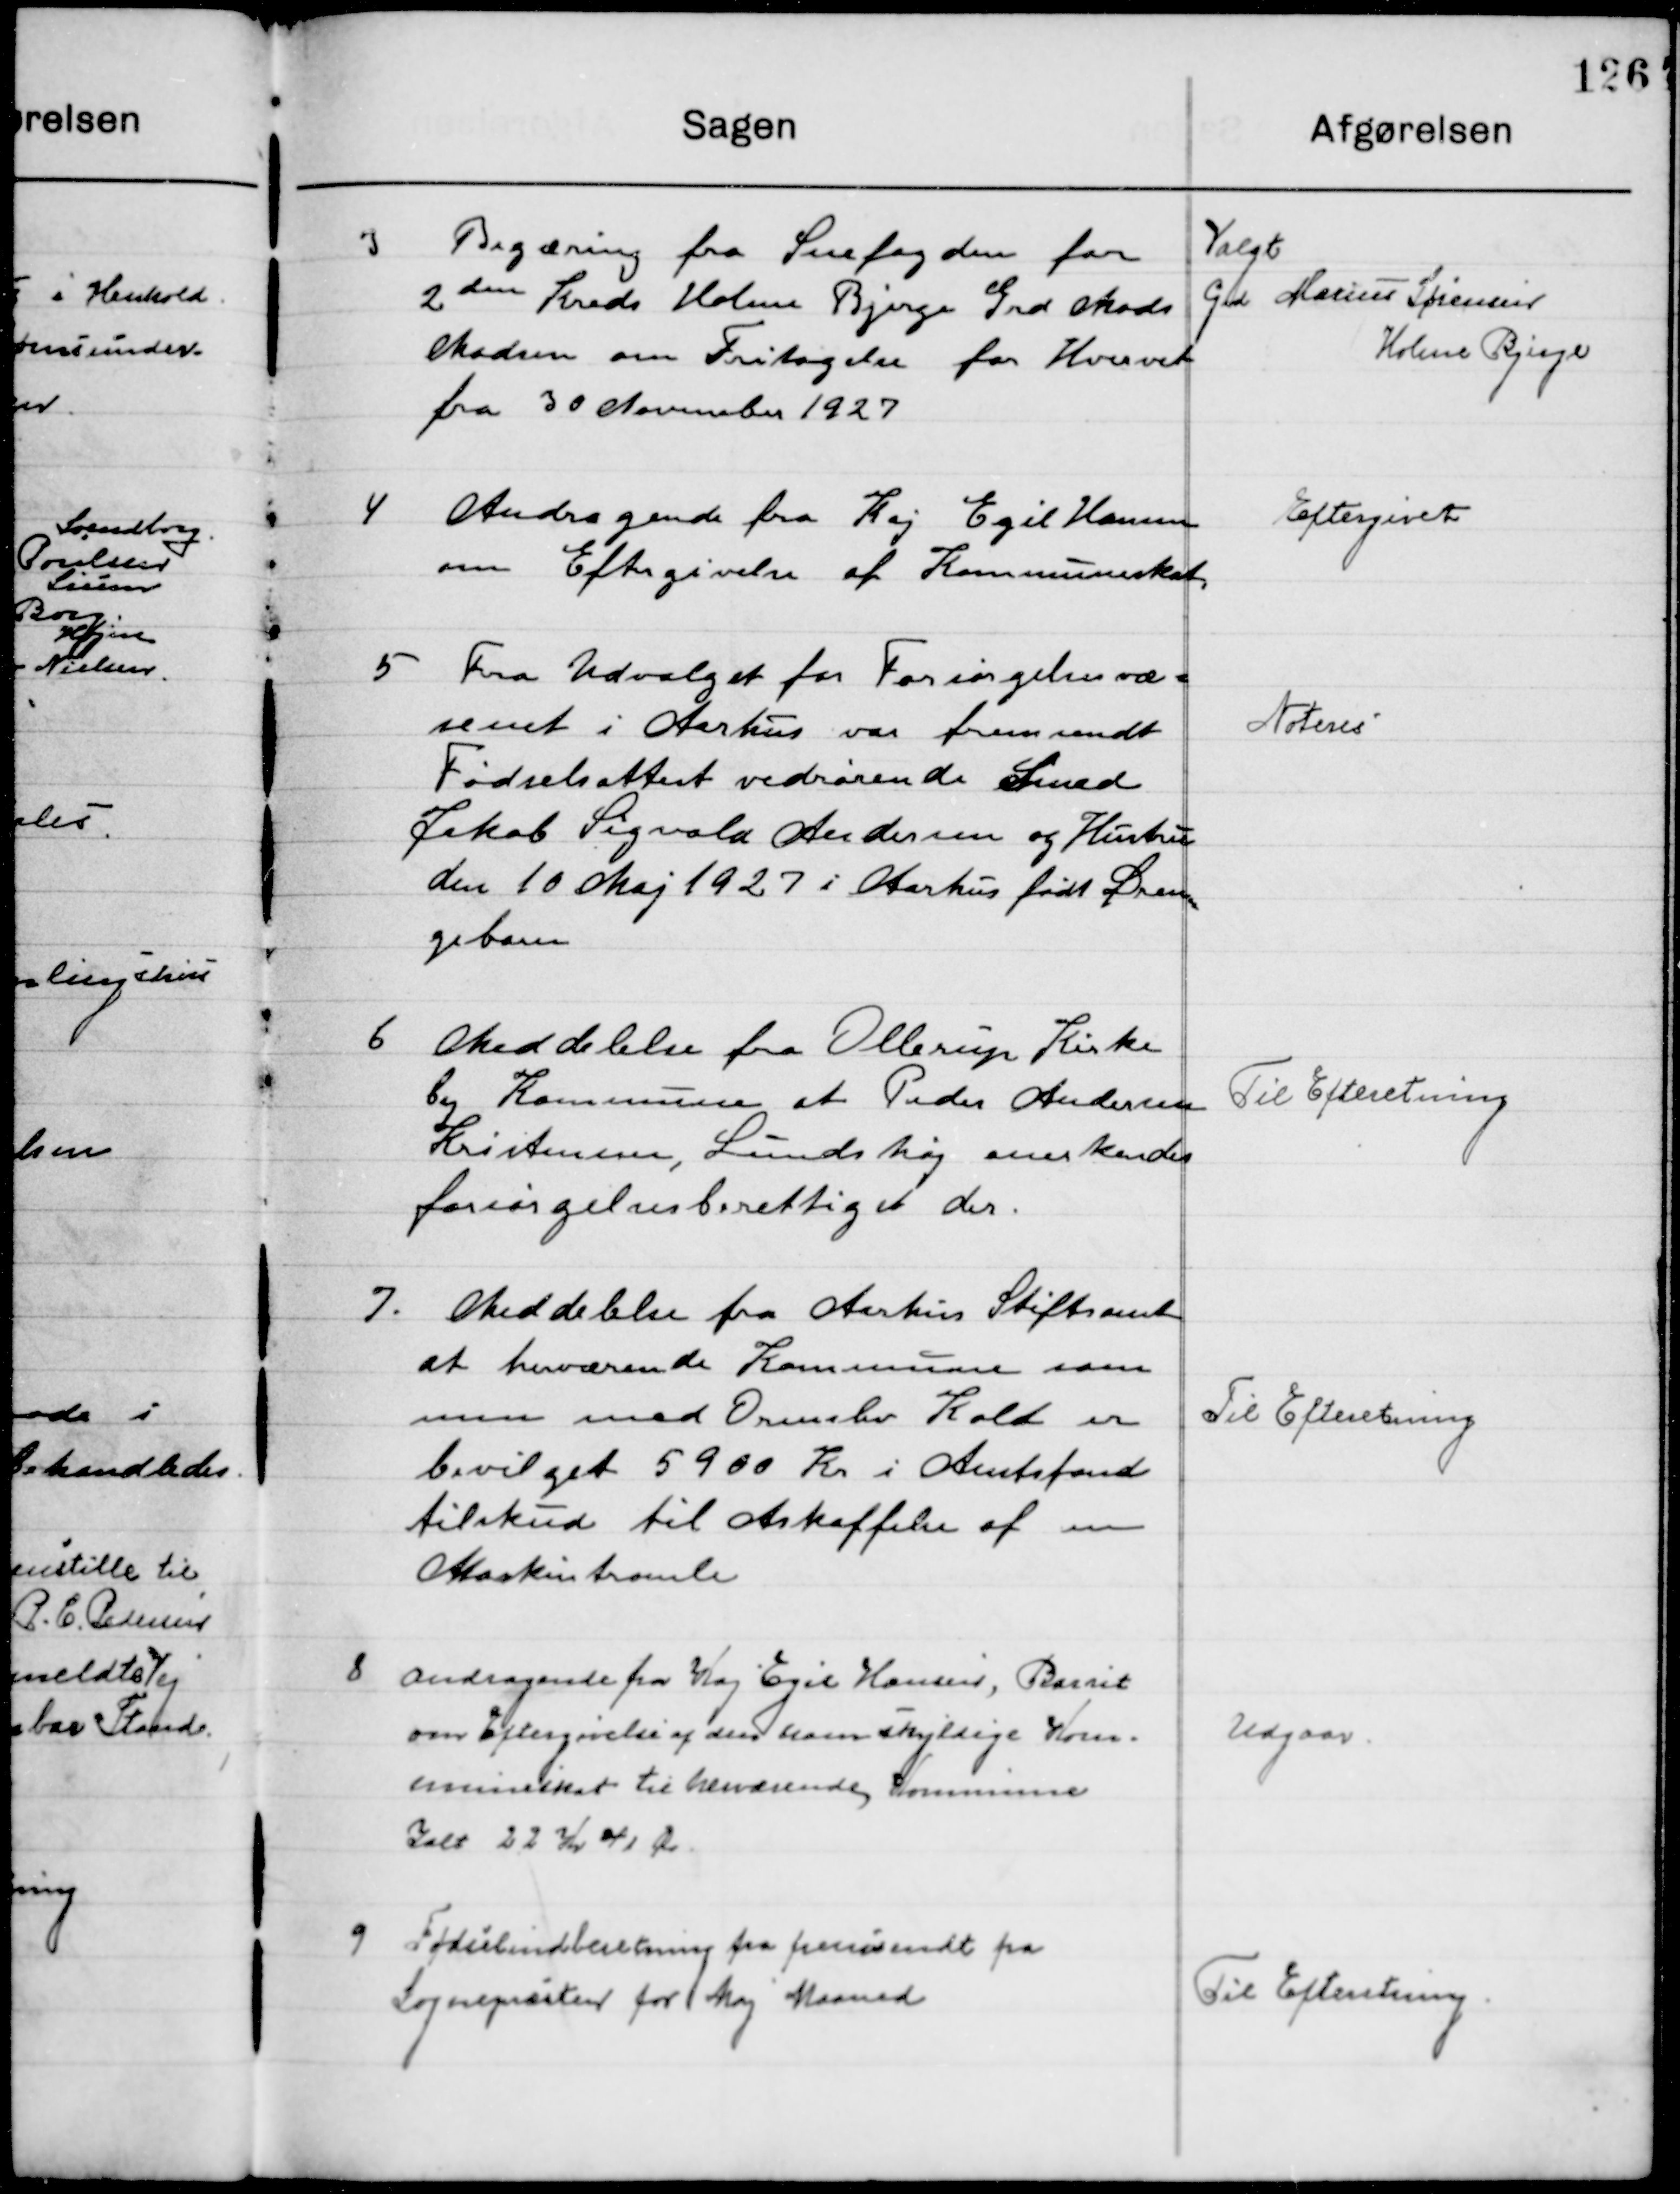
Transskription:
3

Begæring fra Snefogden for 
2den Kreds Holme Bjerge Grd. Mads
Madsen om Fritagelse for Hvervet  
fra 30 November 1927.

Valgt
Grd. Marius Sørensen
Holme Bjerge

4

Andragende fra Kaj Egil Hansen
om Eftergivelse af Kommuneskat.

Eftergivet

5

Fra Udvalget for Fattigvæ-
senet i Aarhus var fremsendt
Fødselsattest vedrørende Smed
Jakob Sigvald Andersen og Hustru  
den 10 Maj 1927 i Aarhus født Dren-
gebarn.

Noteret

6

Meddelelse fra Ollerup Kirke-
by Kommune at Peder Andersen
Kristensen, Lundshøj anerkendes 
forsørgelsesberettiget der.

Til Efterretning

7

Meddelelse fra Aarhus Stiftsamt 
At herværende Kommune sam-
men med Ormslev Kolt er
 bevilget 5900 Kr. i Amtsfond
tilskud til anskaffelse af en
Maskintromle.

Til Efterretning

8

Andragende fra Kaj Hansen, Barrit
Om Eftergivelse af den ham skyldige Kom-
muneskat til herværende Kommune
Ialt 22 Kr. 41 Øre.

Udgaar

9

Fødselsindberetning fra fremsendt fra
Sognepræsten for Maj Maaned.

Til Efterretning